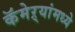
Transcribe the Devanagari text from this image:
कॅमेऱ्यांमध्ये